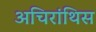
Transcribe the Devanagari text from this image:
अचिरांथिस